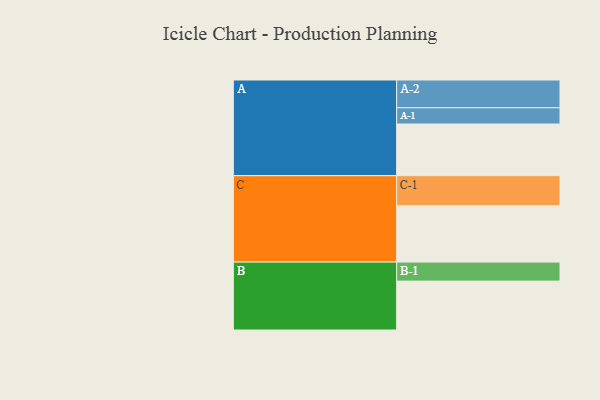
{"axis": {"x": "Segment", "y": "Value"}, "legend": ["", "A", "B", "C"], "data": [{"x": "A", "y": 423, "type": ""}, {"x": "B", "y": 400, "type": ""}, {"x": "C", "y": 461, "type": ""}, {"x": "A-1", "y": 133, "type": "A"}, {"x": "A-2", "y": 227, "type": "A"}, {"x": "B-1", "y": 156, "type": "B"}, {"x": "C-1", "y": 246, "type": "C"}]}